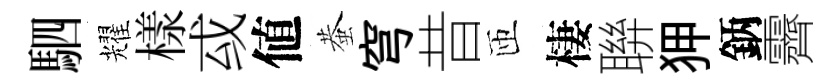
駟耀樣㦯値蛬穹昔匝棲聨狎鈵霽